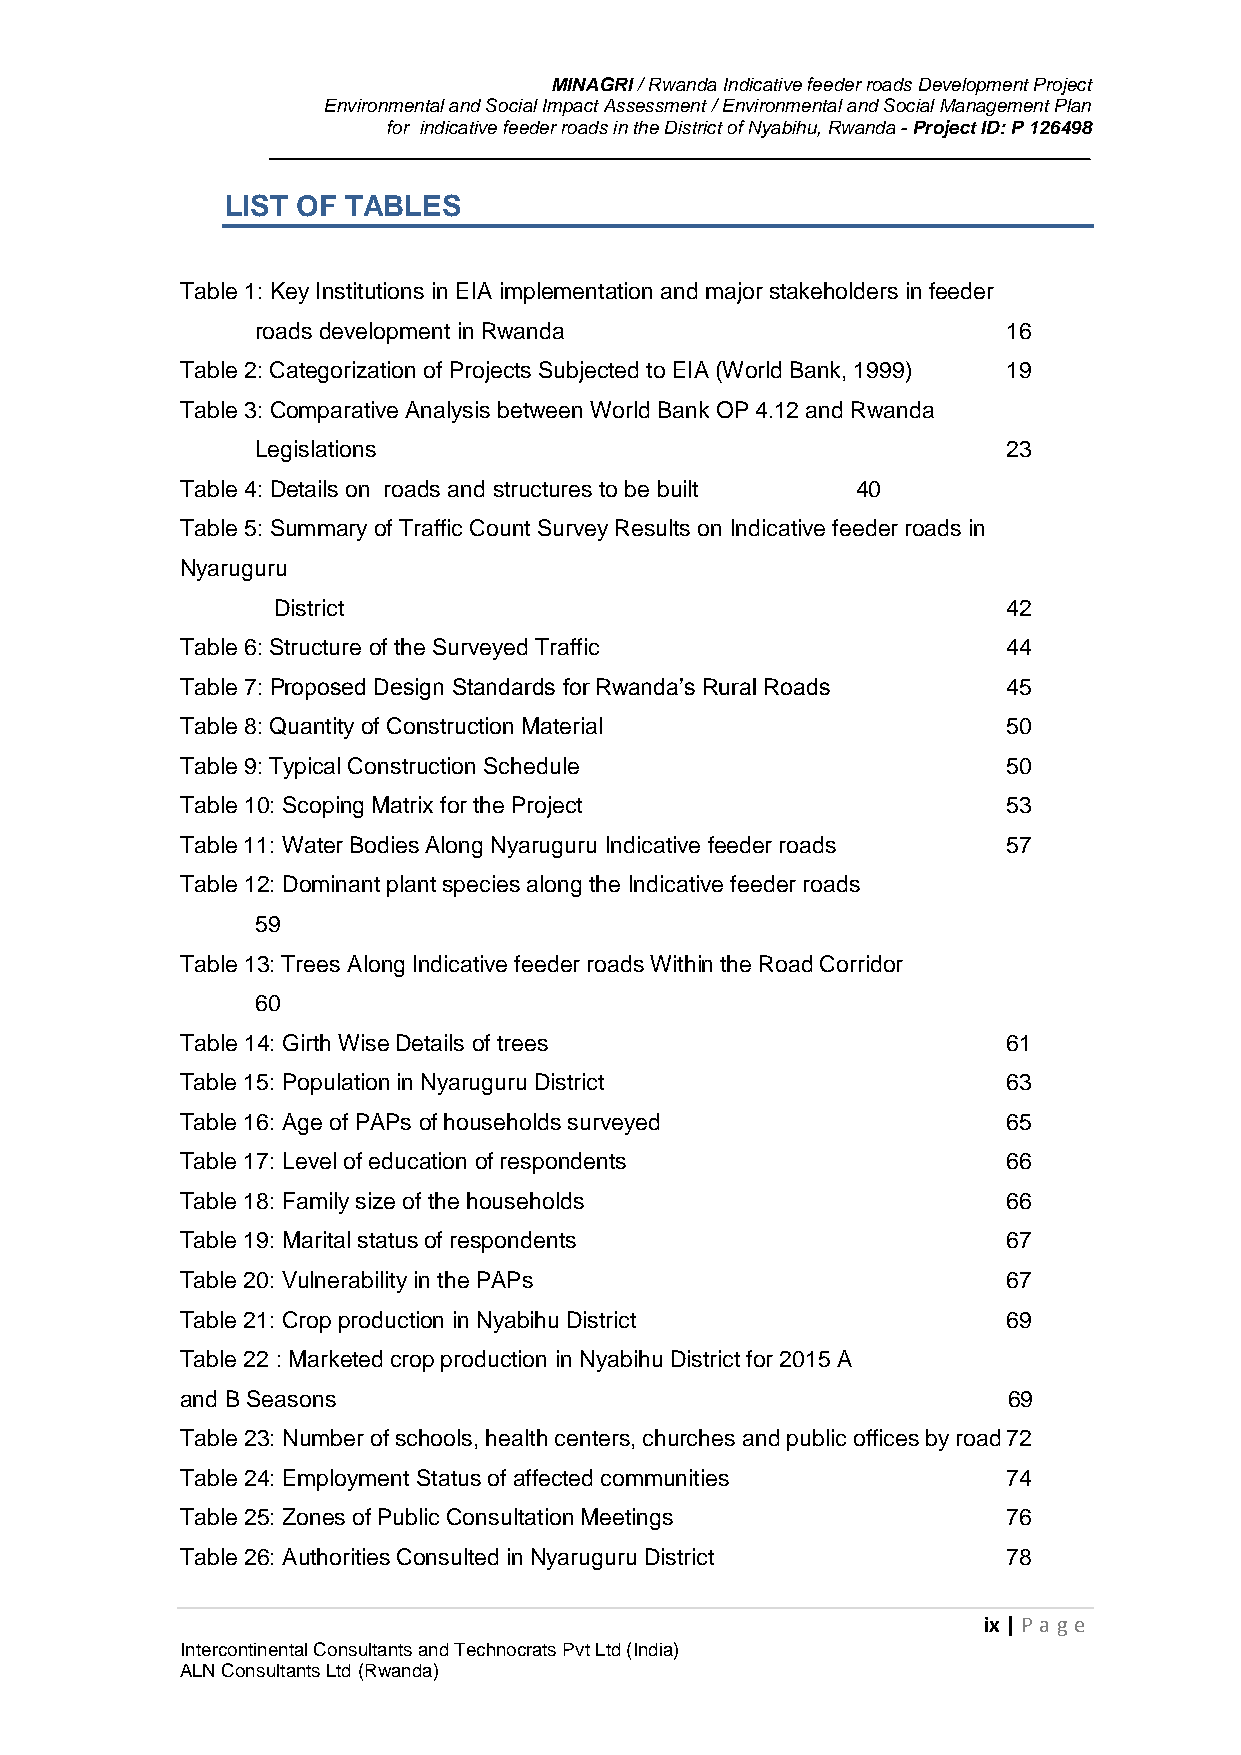
MINAGRI / Rwanda Indicative feeder roads Development Project
 Environmental and Social Impact Assessment / Environmental and Social Management Plan
 for indicative feeder roads in the District of Nyabihu, Rwanda - Project ID: P 126498
 LIST OF TABLES
 Table 1: Key Institutions in EIA implementation and major stakeholders in feeder
 roads development in Rwanda                       16
 Table 2: Categorization of Projects Subjected to EIA (World Bank, 1999) 19
 Table 3: Comparative Analysis between World Bank OP 4.12 and Rwanda
 Legislations                                      23
 Table 4: Details on roads and structures to be built 40
 Table 5: Summary of Traffic Count Survey Results on Indicative feeder roads in
 Nyaruguru
 District                                         42
 Table 6: Structure of the Surveyed Traffic             44
 Table 7: Proposed Design Standards for Rwanda’s Rural Roads 45
 Table 8: Quantity of Construction Material             50
 Table 9: Typical Construction Schedule                 50
 Table 10: Scoping Matrix for the Project               53
 Table 11: Water Bodies Along Nyaruguru Indicative feeder roads 57
 Table 12: Dominant plant species along the Indicative feeder roads
 59
 Table 13: Trees Along Indicative feeder roads Within the Road Corridor
 60
 Table 14: Girth Wise Details of trees                  61
 Table 15: Population in Nyaruguru District             63
 Table 16: Age of PAPs of households surveyed           65
 Table 17: Level of education of respondents            66
 Table 18: Family size of the households                66
 Table 19: Marital status of respondents                67
 Table 20: Vulnerability in the PAPs                    67
 Table 21: Crop production in Nyabihu District          69
 Table 22 : Marketed crop production in Nyabihu District for 2015 A
 and B Seasons                                          69
 Table 23: Number of schools, health centers, churches and public offices by road 72
 Table 24: Employment Status of affected communities    74
 Table 25: Zones of Public Consultation Meetings        76
 Table 26: Authorities Consulted in Nyaruguru District  78
 ix | P age
 Intercontinental Consultants and Technocrats Pvt Ltd (India)
 ALN Consultants Ltd (Rwanda)